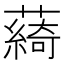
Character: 𦿟